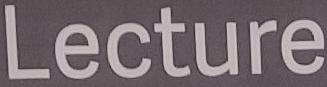
Lecture